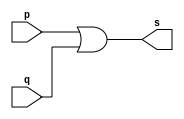
// -------------------------
// Exemplo0004 - OR
// Nome: Pedro Henrique Alves M. de Carvalho
// -------------------------

// -------------------------
// -- or gate
// -------------------------
module orgate (output s, input p, q);
 assign s = p | q;
endmodule // fim do orgate

// -------------------------
// -- test or gate
// -------------------------
module testorgate;
// ------------------------- dados locais
	reg a, b;	// definir registrador
	wire s;	// definir conexao (fio)
// ------------------------- instancia
 orgate OR1 (s, a, b);
// ------------------------- preparacao
 initial begin:start
	a=0; b=0;
 end
 
// ------------------------- parte principal
 initial begin:main
			// execucao unitaria
	$display("Exemplo 0004 - Pedro Henrique A. M. de Carvalho - 427452");
	$display("Test OR gate");
	$display("\na | b = s\n");		// Alterei o simbolo de ADN (&) para o de OR (|) ficando diferente do pdf
	a=0; b=0;
 #1 $display("%b | %b = %b", a, b, s);
	a=0; b=1;
 #1 $display("%b | %b = %b", a, b, s);
	a=1; b=0;
 #1 $display("%b | %b = %b", a, b, s);
	a=1; b=1;
 #1 $display("%b | %b = %b", a, b, s);
 end

endmodule // testorgate